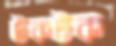
টকটক